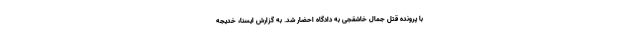
با پرونده قتل جمال خاشقجی به دادگاه احضار شد. به گزارش ایسنا، خدیجه